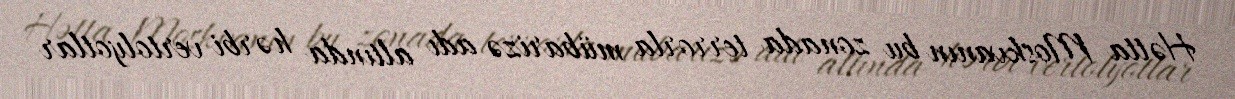
Hətta Moskvanın bu zonada terrorla mübarizə adı altında hərbi vertolyotlar